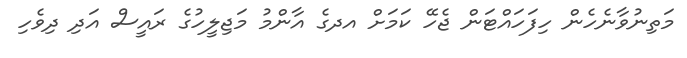
މަތިނުވާނެހެން ހިފަހައްޓަން ޖެހޭ ކަމަށް އދގެ އާންމު މަޖިލީހުގެ ރައީސް އަދި ދިވެހި